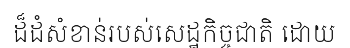
ដ៏ដំសំខាន់របស់សេដ្ឋកិច្ចជាតិ ដោយ